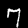
Label: 7